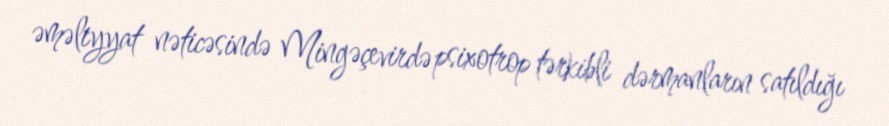
əməliyyat nəticəsində Mingəçevirdə psixotrop tərkibli dərmanların satıldığı